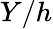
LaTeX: Y/h